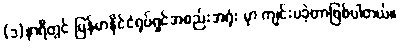
(၁)နာရီတွင် မြန်မာနိုင်ငံရုပ်ရှင်အစည်းအရုံး မှာ ကျင်းပခဲ့တာဖြစ်ပါတယ်။